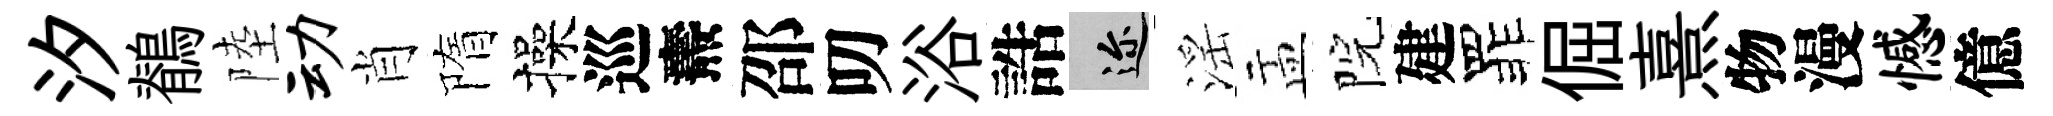
汐鶺陸动肖隋操巡燾邵叨浴誥邇滛盂院建罪倔熹物漫憾億